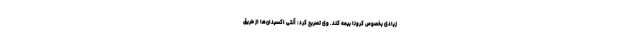
زیادی بخصوص کرونا بیمه کند. وی تصریح کرد: آنتی اکسیدان‌ها از طریق